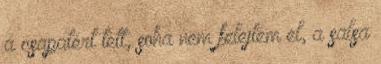
a csapatért tett, soha nem felejtem el, a salsa